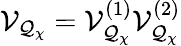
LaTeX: {\cal V}_{{\cal Q}_{\chi}}={\cal V}_{{\cal Q}_{\chi}}^{(1)}{\cal V}_{{\cal Q}_{\chi}}^{(2)}